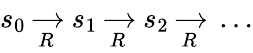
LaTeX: s_{0}\ {\xrightarrow[{R}]{}}\ s_{1}\ {\xrightarrow[{R}]{}}\ s_{2}\ {\xrightarrow[{R}]{}}\ \ldots